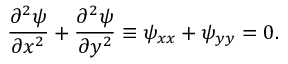
{ \frac { \partial ^ { 2 } \psi } { \partial x ^ { 2 } } } + { \frac { \partial ^ { 2 } \psi } { \partial y ^ { 2 } } } \equiv \psi _ { x x } + \psi _ { y y } = 0 .